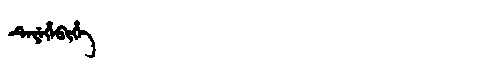
Manchu: ᡨᡝᠶᡝᡥᡝᠪᡳᡥᡝ
Romanization: TEYEHEBIHE